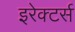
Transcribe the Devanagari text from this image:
इरेक्टर्स